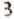
3